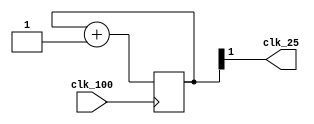
//
// Description: Divides the clock signal four times
//

`default_nettype none

//Module description
module vga_clock( clk_100, clk_25 );

//I/O definitions
input clk_100;
output clk_25;

//Registers
reg	[1:0] clk_div;

//Assignments
assign clk_25 = clk_div[1];

//Clock divider
always @ (posedge clk_100) begin
  clk_div <= clk_div + 2'b1;
end

endmodule